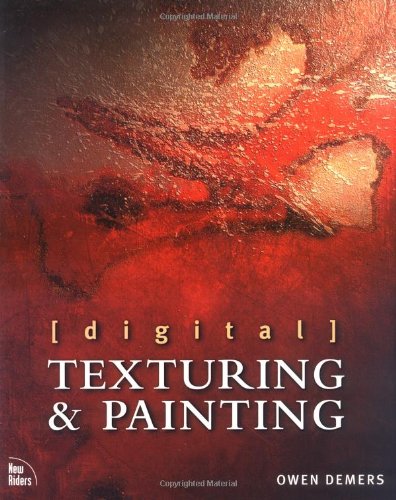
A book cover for Digital Texturing and Painting; Owen Demers; Computers & Technology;